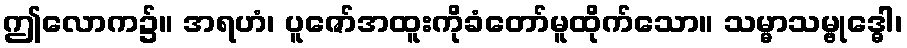
ဤလောက၌။ အရဟံ၊ ပူဇော်အထူးကိုခံတော်မူထိုက်သော။ သမ္မာသမ္ဗုဒ္ဓေါ၊